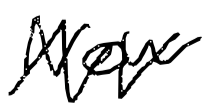
Text: New
Cross-out: zig-zag
Writing tool: digital_black